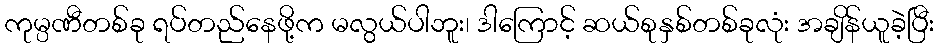
ကုမ္ပဏီတစ်ခု ရပ်တည်နေဖို့က မလွယ်ပါဘူး၊ ဒါကြောင့် ဆယ်စုနှစ်တစ်ခုလုံး အချိန်ယူခဲ့ပြီး